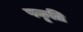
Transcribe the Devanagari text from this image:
पकृति